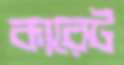
কারেট